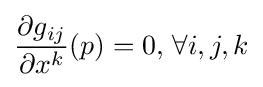
{\frac {\partial g_{ij}}{\partial x^{k}}}(p)=0,\,\forall i,j,k